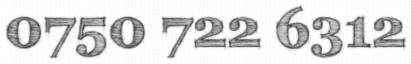
0750 722 6312